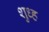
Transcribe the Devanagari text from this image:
शुध्ह